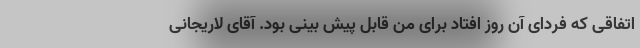
اتفاقی که فردای آن روز افتاد برای من قابل پیش بینی بود. آقای لاریجانی